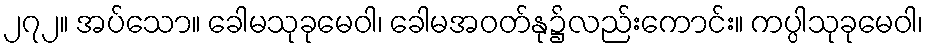
၂၇၂။ အပ်သော။ ခေါမသုခုမေဝါ၊ ခေါမအဝတ်နု၌လည်းကောင်း။ ကပ္ပါသုခုမေဝါ၊